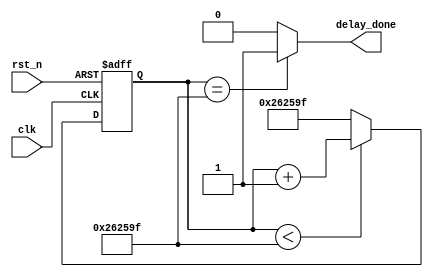
/*-----------------------------------------------------------------------
								 \\\|///
							   \\  - -  //
								(  @ @  )
+-----------------------------oOOo-(_)-oOOo-----------------------------+
CONFIDENTIAL IN CONFIDENCE
This confidential and proprietary software may be only used as authorized
by a licensing agreement from CrazyBingo (Thereturnofbingo).
In the event of publication, the following notice is applicable:
Copyright (C) 2012-20xx CrazyBingo Corporation
The entire notice above must be reproduced on all authorized copies.
Author				:		CrazyBingo
Technology blogs 	: 		www.crazyfpga.com
Email Address 		: 		crazyfpga@vip.qq.com
Filename			:		system_init_delay.v
Data				:		2011-6-25
Description			:		system init delay when power on
Modification History	:
Data			By			Version			Change Description
=========================================================================
11/06/25		CrazyBingo	1.0				Original
12/03/12		CrazyBingo	1.1				Modification
12/06/01		CrazyBingo	1.4				Modification
12/11/18		CrazyBingo	2.0				Modification
13/10/24		CrazyBingo	2.1				Modification
-------------------------------------------------------------------------
|                                     Oooo								|
+-------------------------------oooO--(   )-----------------------------+
                               (   )   ) /
                                \ (   (_/
                                 \_)
-----------------------------------------------------------------------*/
/************************************************************************
//----------------------------------
//component instantiation for system_delay
wire	delay_done;	//system init delay has done
system_init_delay
#(
	.SYS_DELAY_TOP	(24'd2500000)
//	.SYS_DELAY_TOP	(24'd256)	//Just for test
)
u_system_init_delay
(
	//global clock
	.clk		(clk),
	.rst_n		(1'b1),			//It don't depend on rst_n when power up
	//system interface
	.delay_done	(delay_done)
);
************************************************************************/

`timescale 1 ns / 1 ns
module system_init_delay
#(
	parameter	SYS_DELAY_TOP = 24'd2500000	//50ms system init delay
)
(
	//global clock
	input	clk,		//50MHz
	input	rst_n,
	
	//system interface
	output	delay_done
);

//------------------------------------------
//Delay 50ms for steady state when power on
reg	[23:0] delay_cnt = 24'd0;
always@(posedge clk or negedge rst_n)
begin
	if(!rst_n)
		delay_cnt <= 0;
	else if(delay_cnt < SYS_DELAY_TOP - 1'b1)
		delay_cnt <= delay_cnt + 1'b1;
	else
		delay_cnt <= SYS_DELAY_TOP - 1'b1;
end
assign	delay_done = (delay_cnt == SYS_DELAY_TOP - 1'b1)? 1'b1 : 1'b0;

endmodule